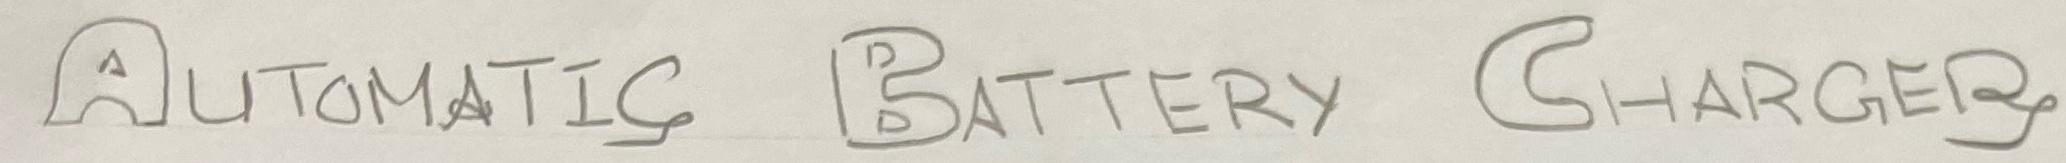
Text: AUTOMATIC BATTERY CHARGER